Vaccination in Bombay 1902-1912 - 1902-1912
Year: 1902
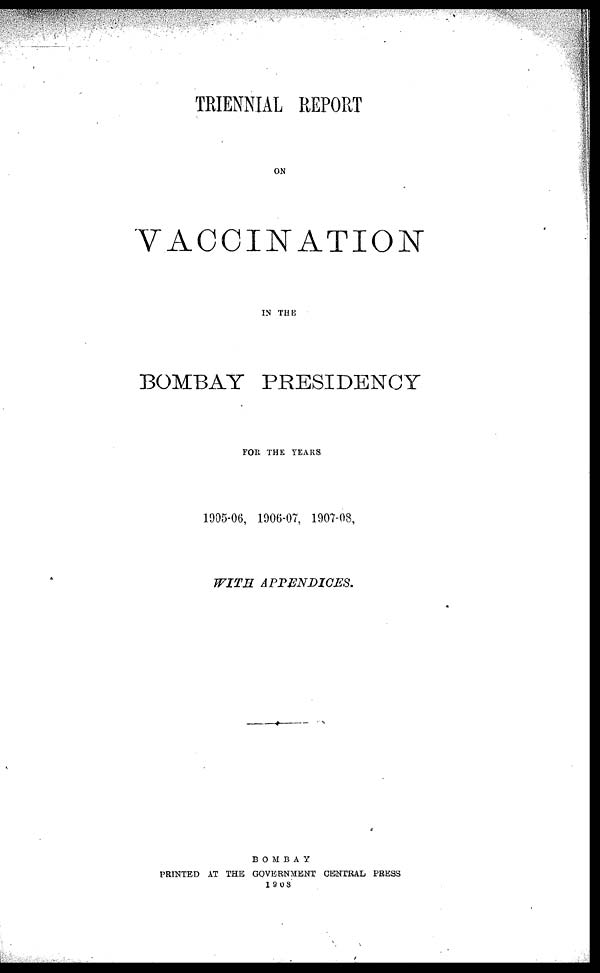
TRIENNIAL REPORT
ON
VACCINATION
IN THE
BOMBAY PRESIDENCY
FOR THE YEARS
1905-06, 1906-07, 1907-08,
WITH
APPENDICES.
BOMBAY
PRINTED AT THE GOVERNMENT CENTRAL PRESS
1908